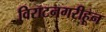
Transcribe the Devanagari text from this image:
विराटनगरीहून